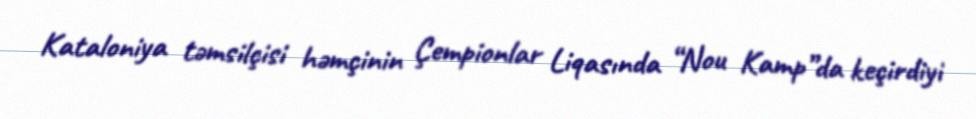
Kataloniya təmsilçisi həmçinin Çempionlar Liqasında “Nou Kamp”da keçirdiyi